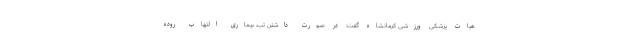
هیات پزشکی ورزشی کرمانشاه گفت: در صورت داشتن تب، بیماری التهاب روده